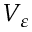
V _ { \varepsilon }